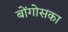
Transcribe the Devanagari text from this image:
बोंगोसका